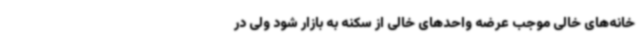
خانه‌های خالی موجب عرضه واحدهای خالی از سکنه به بازار شود ولی در